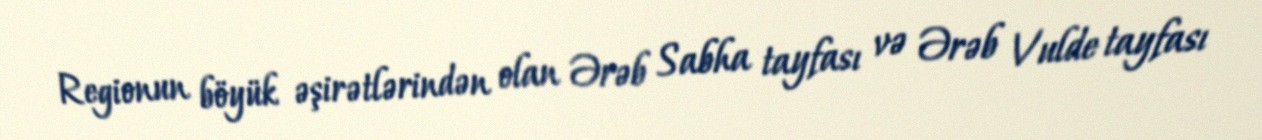
Regionun böyük əşirətlərindən olan Ərəb Sabha tayfası və Ərəb Vulde tayfası